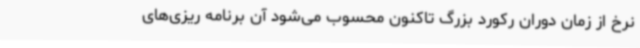
نرخ از زمان دوران رکورد بزرگ تاکنون محسوب می‌شود آن برنامه ریزی‌های